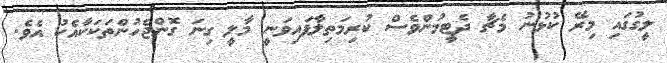
ލީގުގައި މިރޭ ކުޅުނު މެޗާ ދެޓީމުންވެސް ކުރިމަތިލާފައިވަނީ މާލީ ގިނަ ގޮންޖެހުންތަކަކާއެކު އެވެ.